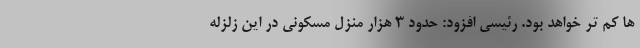
ها کم تر خواهد بود. رئیسی افزود: حدود ۳ هزار منزل مسکونی در این زلزله